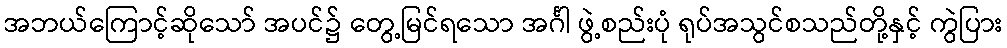
အဘယ်ကြောင့်ဆိုသော် အပင်၌ တွေ့မြင်ရသော အင်္ဂါ ဖွဲ့စည်းပုံ ရုပ်အသွင်စသည်တို့နှင့် ကွဲပြား